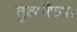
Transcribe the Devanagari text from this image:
तुत्‍सींच्‍या